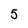
Character: 5